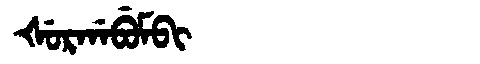
Manchu: ᡧᡠᡵᡤᠠᠪᡠᠮᠪᡳ
Romanization: ŠURGABUMBI